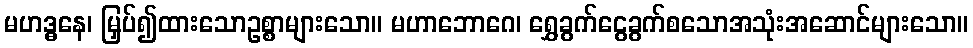
မဟဒ္ဓနေ၊ မြှပ်၍ထားသောဥစ္စာများသော။ မဟာဘောဂေ၊ ရွှေခွက်ငွေခွက်စသောအသုံးအဆောင်များသော။